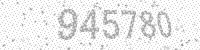
Solution: 945780